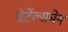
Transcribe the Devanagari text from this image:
बेर्टेल्समेन